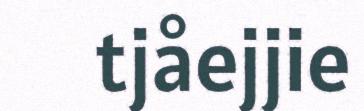
tjåejjie